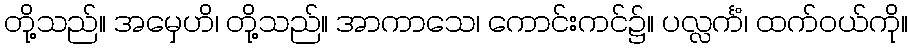
တို့သည်။ အမှေဟိ၊ တို့သည်။ အာကာသေ၊ ကောင်းကင်၌။ ပလ္လင်္ကံ၊ ထက်ဝယ်ကို။